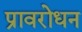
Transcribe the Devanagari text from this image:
प्रावरोधन